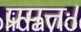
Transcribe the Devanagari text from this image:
प्रमत्तः।